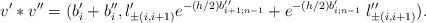
LaTeX: \begin{align*}v' * v'' = ( b_i' + b_i'', l_{\pm (i,i+1)}'e^{-(h/2)b_{i+1;n-1}''} + e^{-(h/2)b_{i;n-1}'} \; l_{\pm (i,i+1)}'').\end{align*}